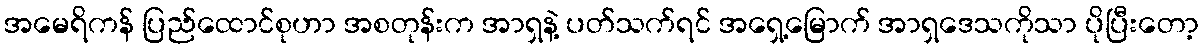
အမေရိကန် ပြည်ထောင်စုဟာ အစတုန်းက အာရှနဲ့ ပတ်သက်ရင် အရှေ့မြောက် အာရှဒေသကိုသာ ပိုပြီးတော့